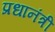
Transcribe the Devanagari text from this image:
प्रधानंत्री